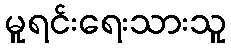
မူရင်းရေးသားသူ